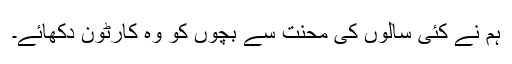
ہم نے کئی سالوں کی محنت سے بچوں کو وہ کارٹون دکھائے۔